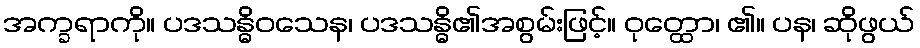
အက္ခရာကို။ ပဒသန္ဓိဝသေန၊ ပဒသန္ဓိ၏အစွမ်းဖြင့်။ ဝုတ္ထော၊ ၏။ ပန၊ ဆိုဖွယ်